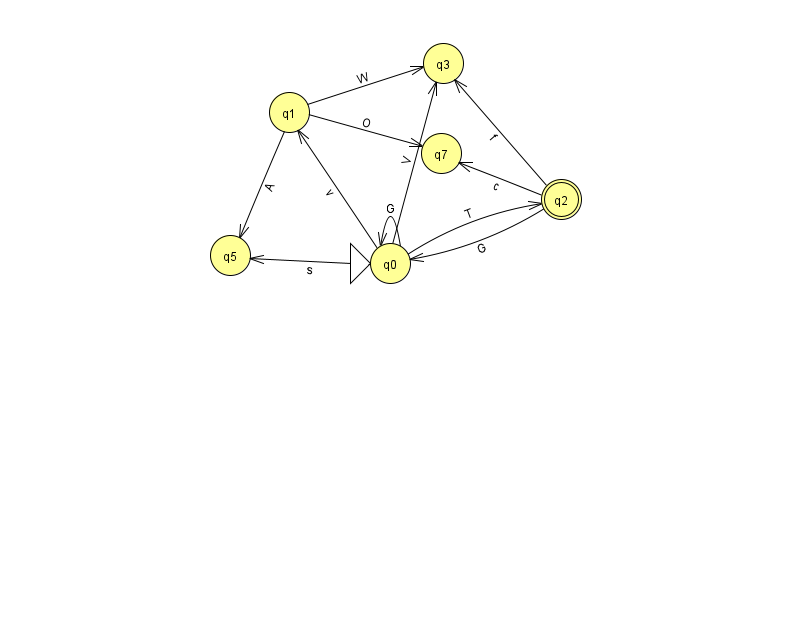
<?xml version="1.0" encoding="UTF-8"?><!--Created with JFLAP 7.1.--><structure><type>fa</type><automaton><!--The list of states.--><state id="0" name="q0"><x>390.0</x><y>250.0</y><initial/></state><state id="1" name="q1"><x>289.0</x><y>99.0</y></state><state id="2" name="q2"><x>561.0</x><y>186.0</y><final/></state><state id="3" name="q3"><x>443.0</x><y>50.0</y></state><state id="5" name="q5"><x>230.0</x><y>242.0</y></state><state id="7" name="q7"><x>441.0</x><y>140.0</y></state><!--The list of transitions.--><transition><from>0</from><to>2</to><read>T</read></transition><transition><from>0</from><to>1</to><read>v</read></transition><transition><from>0</from><to>5</to><read>s</read></transition><transition><from>2</from><to>0</to><read>G</read></transition><transition><from>1</from><to>5</to><read>A</read></transition><transition><from>0</from><to>0</to><read>G</read></transition><transition><from>1</from><to>7</to><read>O</read></transition><transition><from>1</from><to>3</to><read>W</read></transition><transition><from>2</from><to>7</to><read>c</read></transition><transition><from>2</from><to>3</to><read>f</read></transition><transition><from>0</from><to>3</to><read>V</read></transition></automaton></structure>